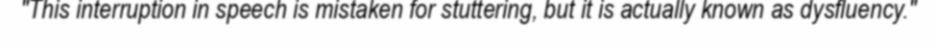
"This interruption in speech is mistaken for stuttering, but it is actually known as dysfluency."